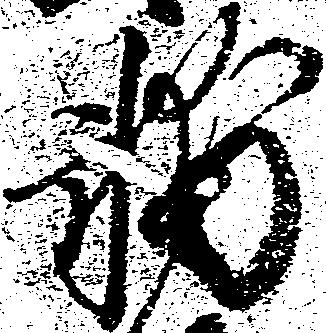
輔